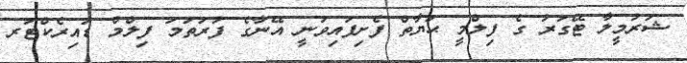
ޝަރުމީލާ ޓޭގަރު ގެ ފިލްމީ ޙަޔާތް ފެށިފައިވަނީ އޭނާގެ ފުރަތަމަ ފިލްމް ޑައިރެކްޓަރ